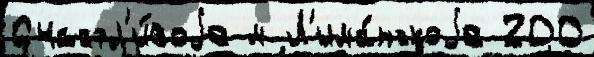
Счастл'и́воjе м Л'има́нскоjе 200